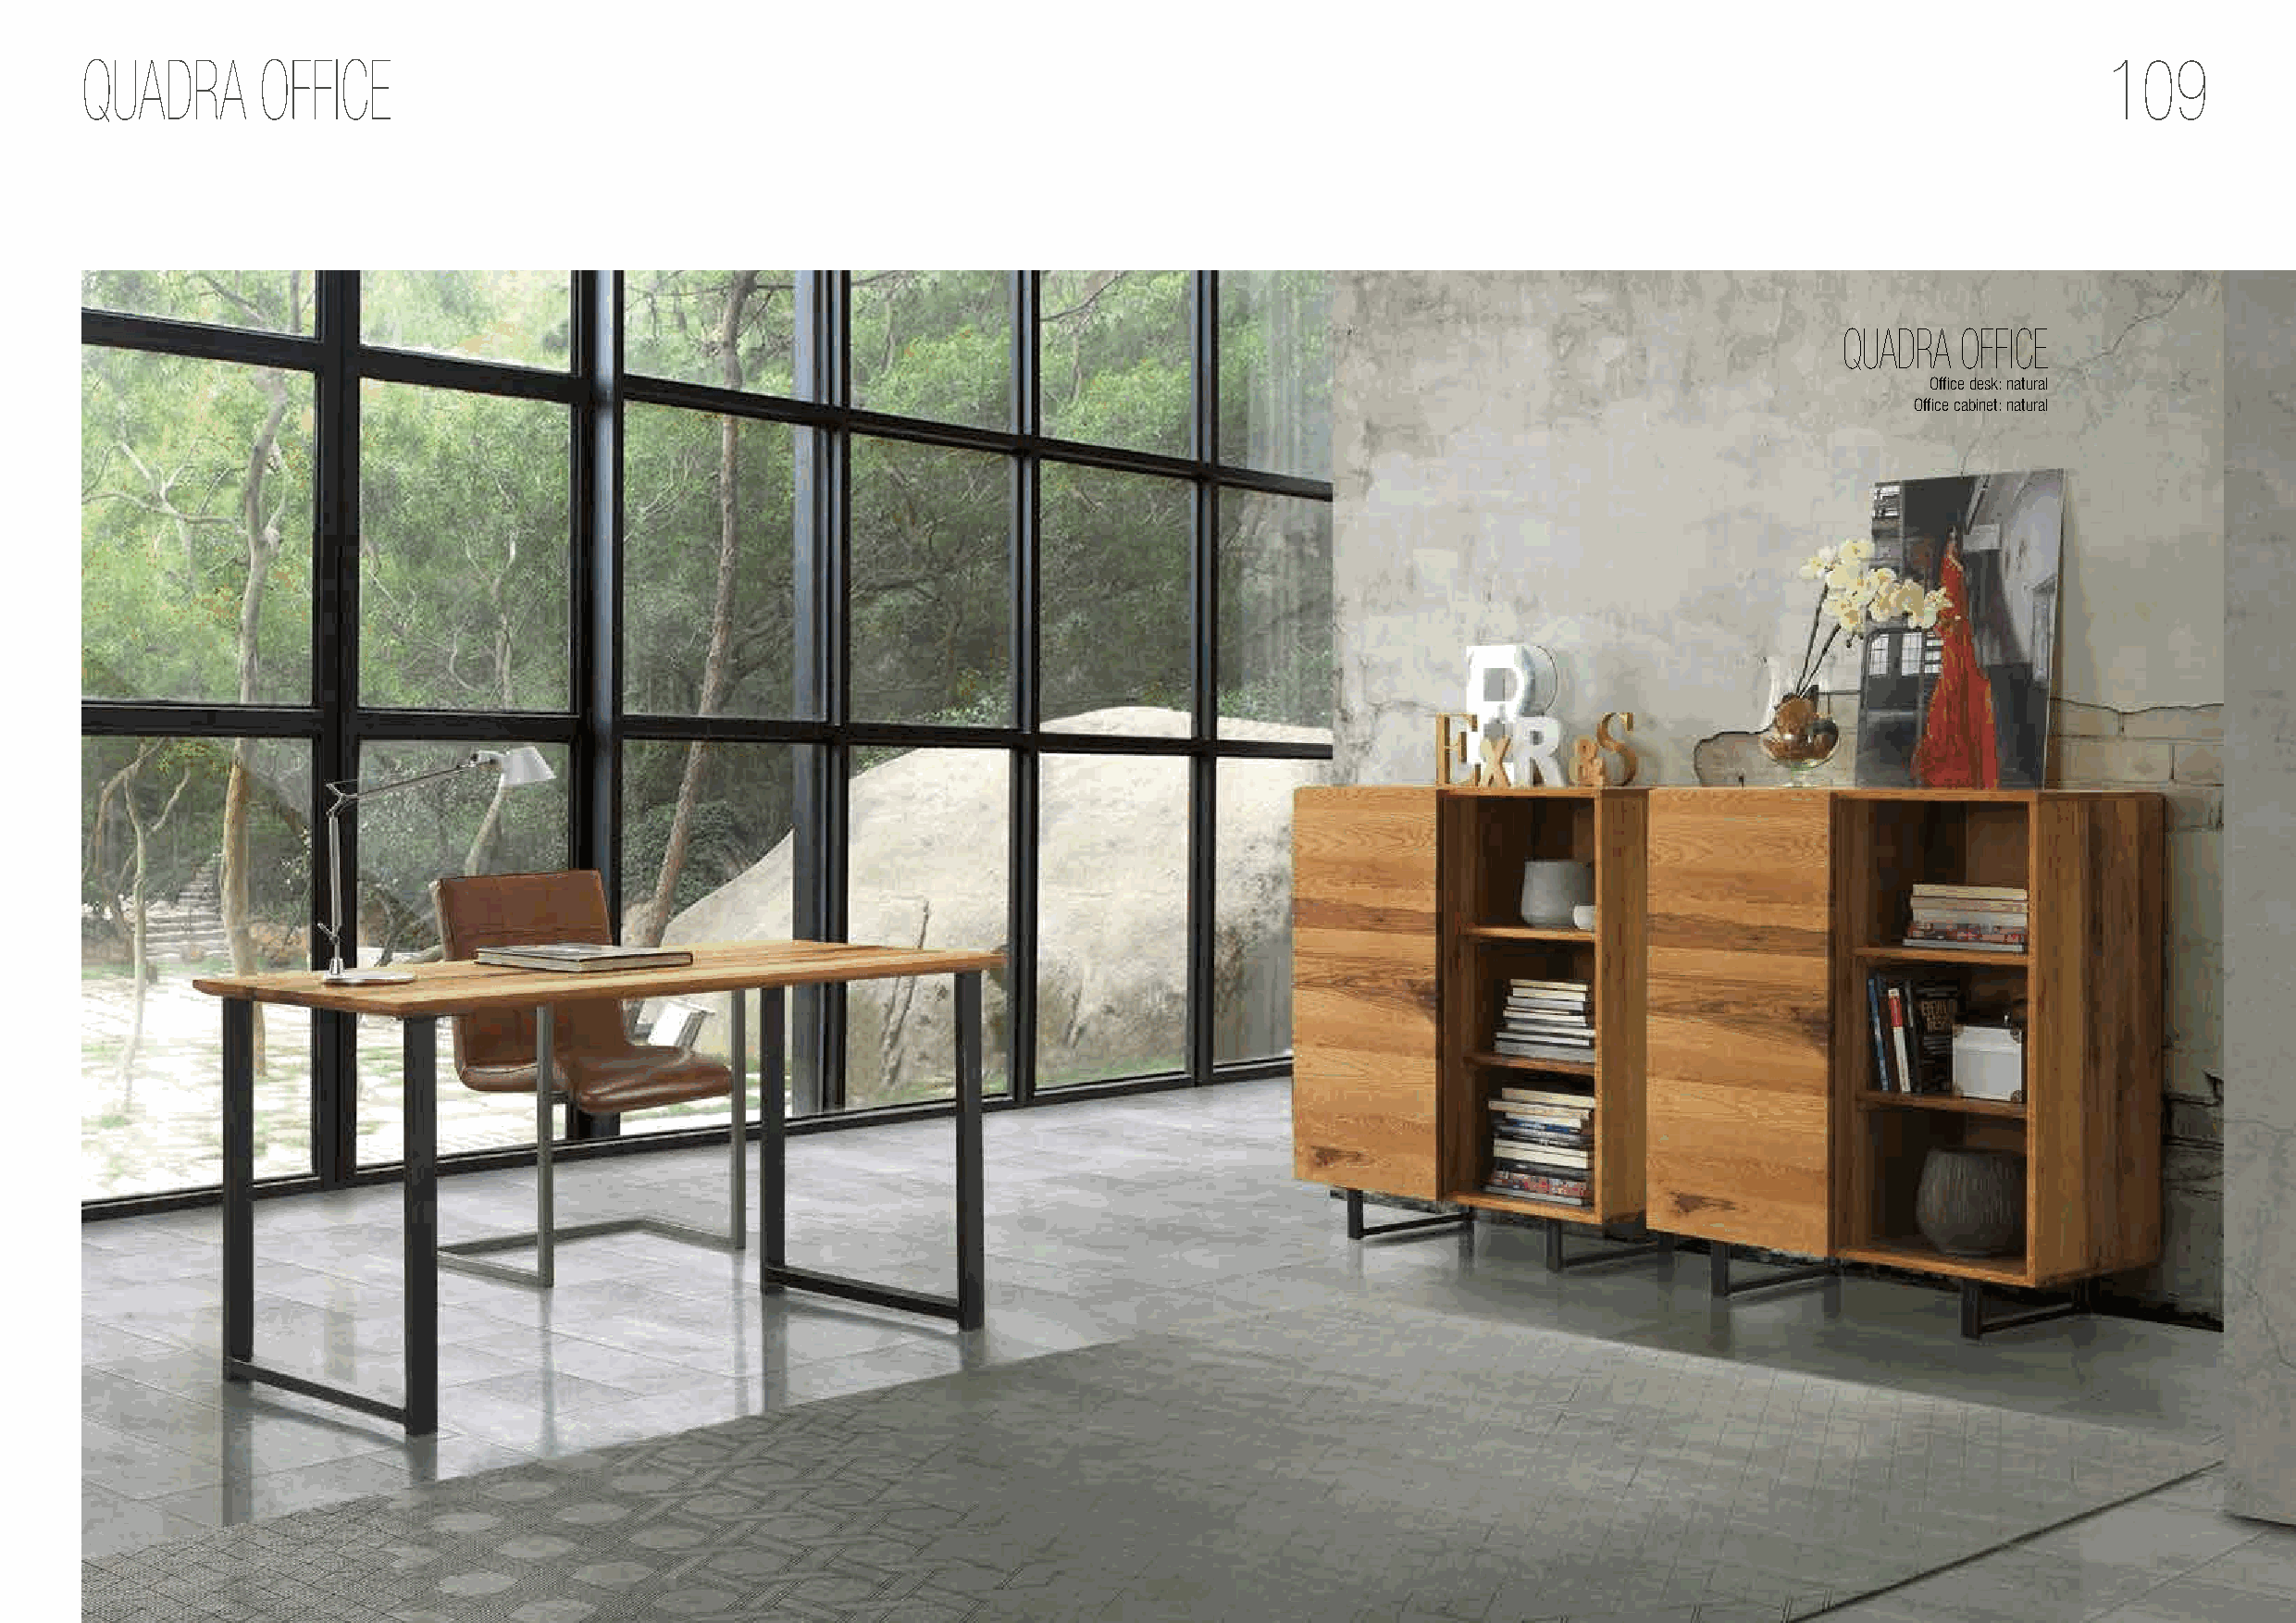
QUADRA       OFFICE                                                                                                                              109
 QUADRA  OFFICE
 Office desk: natural
 Office cabinet: natural